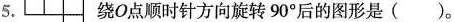
5. 绕O点顺时针方向旋转90^{\circ}后的图形是( )。